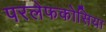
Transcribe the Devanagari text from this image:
परलेफकोसिया